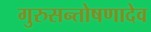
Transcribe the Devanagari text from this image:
गुरुसन्तोषणादेव